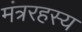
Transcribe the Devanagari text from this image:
मंत्ररहस्य